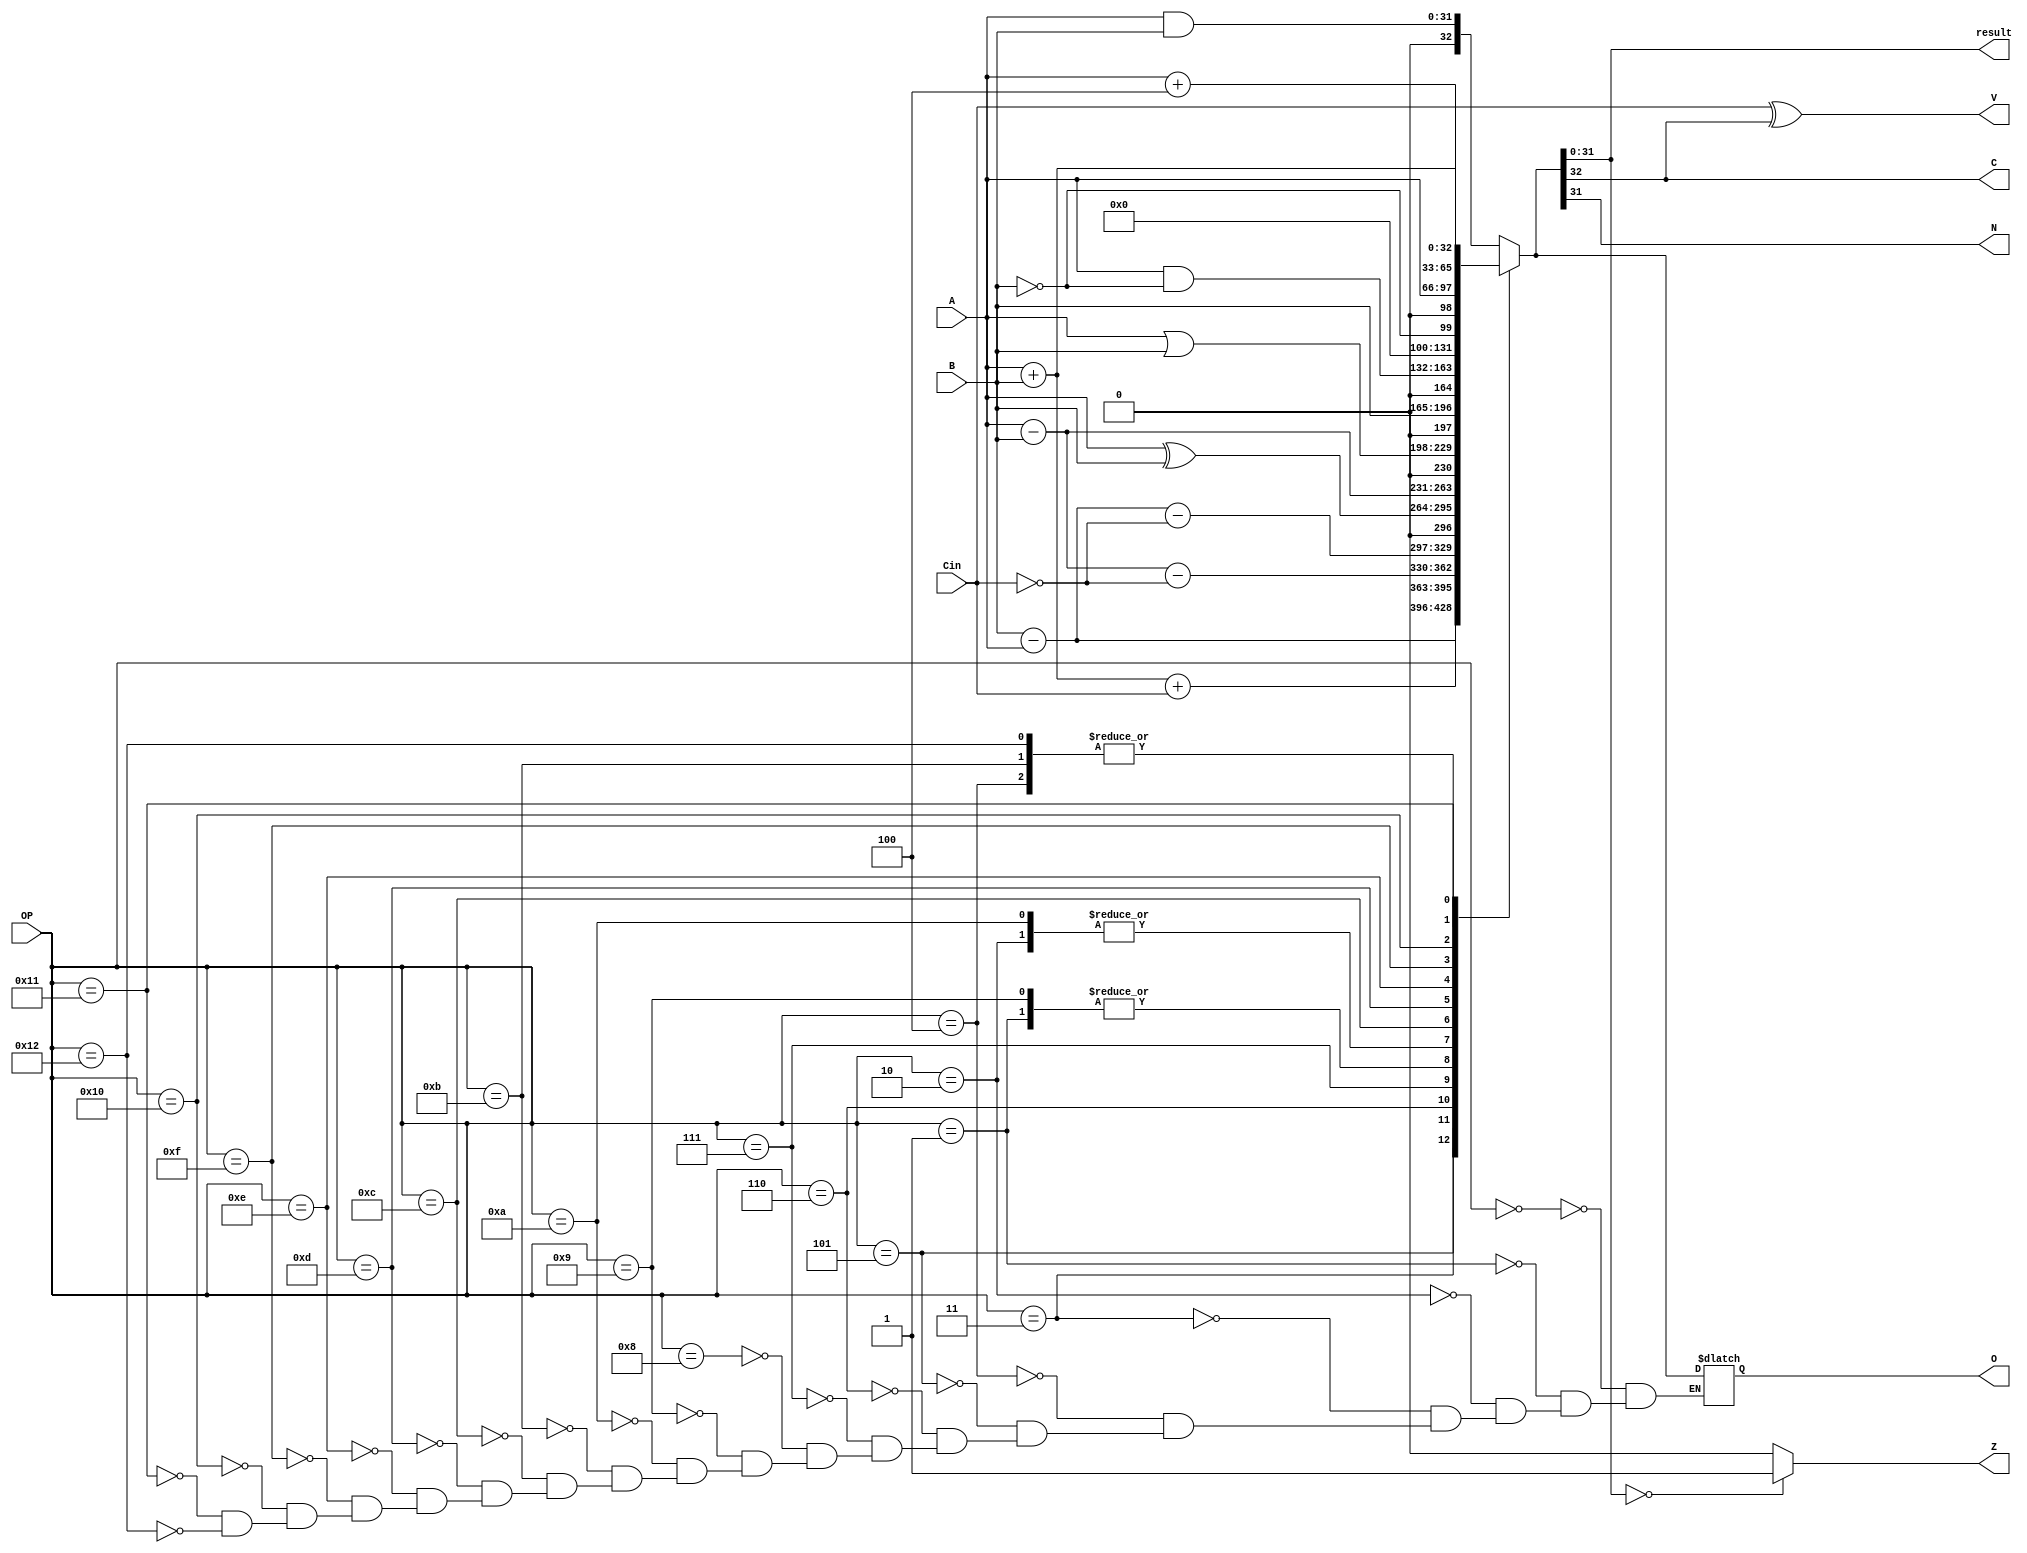

/*32-bit ARM ALU Module. Behavioral Description.
	By: Maria Jimenez 
	Description: This program describes the behaviour of a 32 bit ARM ALU
	The signals in this software are:
		Outputs:
			1. O[32:0]== ALU Operation result including carry bit
			2. ALU_OUT[31:0]== ALU result (not taking into consideration the carry bit)-------Rd
			3. Z== Zero flag
			4. N== Negative flag
			5. C== Carry flag
			6. V== Overflow flag
		Inputs:
			1. A[31:0]== Input A -------Rn
			2. B[31:0]== Input B -------shifter operand------Rm
			3. Cin== Carry in bit
			4. OP[3:0]== Operation instruction
	The program returns a 32 bit result as an output of the programmed arithmetic operations available along with Z,C,N,V flag results.
*/

module ALU_32Bit(output reg [32:0]O, output reg [31:0]result, output reg Z, N, C, V, input [31:0]B,A, input Cin, input [4:0]OP);
	

	always @(OP, A, B)
	begin
		case(OP)
			5'b00000: O= A & B ;	//A and B
			5'b00001: O= A ^ B ;	//A xor B
			5'b00010: O= A - B ;	//A minus B
			5'b00011: O= B - A;		//B minus A
			5'b00100: O= A + B;		//A plus B
			5'b00101: O= A + B + Cin;	//A plus B plus Carry
			5'b00110: O= A - B - !Cin;	//A minus B minus not Carry
			5'b00111: O= B - A - !Cin;	//B minus A minus not Carry 
			5'b01000: O= A & B;		//A and B; Used to test and update Flags			
			5'b01001: O= A ^ B;		// A xor B; used to test equivalence and update Flags		
			5'b01010: O= A - B;		//A minus B; Used to compare values and update Flags		
			5'b01011: O= A + B;		//A plus B; Used to compare values and update Flags
			5'b01100: O=A | B;		//A or B
			5'b01101: O= B;			//move to output value of B
			5'b01110: O= A & !B;	//A and not B; Used to clear bit
			5'b01111: O= !B;		//not B; Used to move the not value of B to the output
			5'b10000: O= A;
			5'b10001: O= A+4;
			5'b10010: O= A+B;
		endcase
		
		result = O[31:0];//ALU output value/ operation result
		C = O[32];		//Value assigned to Carry flag bit
		N = O[31];		//Condition for negative flag bit
		V = Cin ^ C;	//Condition for overflow flag bit
		
		if(O[31:0] == 32'h00000000)	//Condition for zero flag bit	
			Z = 1;
		else
			Z = 0;		
	end
endmodule